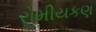
રોમીયકણ